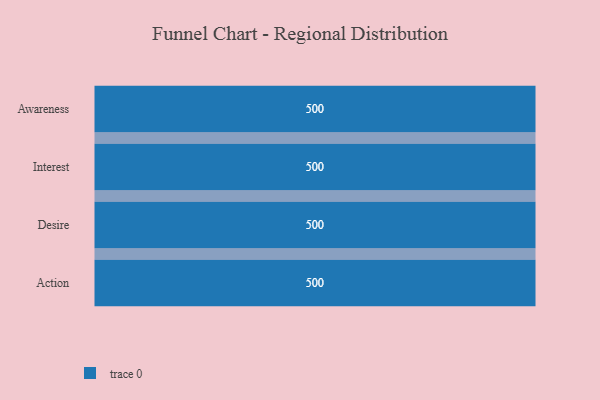
{"axis": {"x": "Stage", "y": "Value"}, "legend": [""], "data": [{"x": "Awareness", "y": 500, "type": ""}, {"x": "Interest", "y": 500, "type": ""}, {"x": "Desire", "y": 500, "type": ""}, {"x": "Action", "y": 500, "type": ""}]}